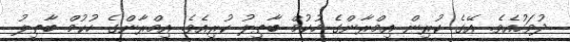
ދުވަހުއެވެ. އޭގެ ކުރިން އިމްރާންގެ ހުކުމް ބާތިލު ކުރިއެވެ. އިމްރާންގެ ހުކުމް ބާތިލު